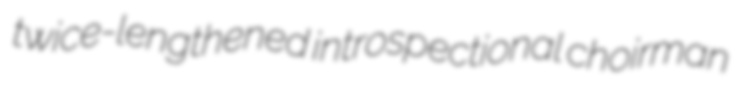
twice-lengthened introspectional choirman